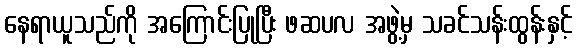
နေရာယူသည်ကို အကြောင်းပြုပြီး ဖဆပလ အဖွဲ့မှ သခင်သန်းထွန်းနှင့်